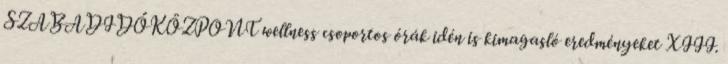
SZABADIDŐKÖZPONT wellness csoportos órák idén is kimagasló eredményeket XIII.